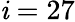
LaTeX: \mathit{i}=27